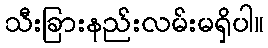
သီးခြားနည်းလမ်းမရှိပါ။